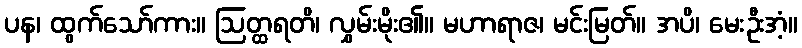
ပန၊ ထွက်သော်ကား။ ဩတ္ထရတိ၊ လွှမ်းမိုး၏။ မဟာရာဇ၊ မင်းမြတ်။ အပိ၊ မေးဦးအံ့။